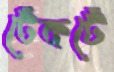
টেঁকটেঁ